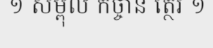
១ សម្ពុល កច្ចាន ត្ថេរ ១